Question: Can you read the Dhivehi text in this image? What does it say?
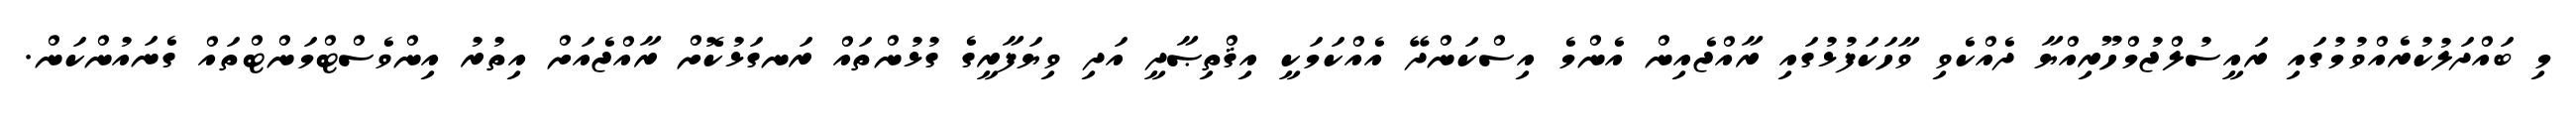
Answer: މި ބައްދަލުކުރެއްވުމުގައި ރައީސުލްޖުމްހޫރިއްޔާ ދެއްކެވި ވާހަކަފުޅުގައި ރާއްޖެއިން އެންމެ އިސްކަންދޭ އެއްކަމަކީ އިޤްތިޞާދީ އަދި ވިޔަފާރީގެ ގުޅުންތައް ރަނގަޅުކޮށް ރާއްޖެއަށް އިތުރު އިންވެސްޓްމަންޓްތައް ގެނައުންކަން.